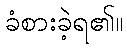
ခံစားခဲ့ရ၏။